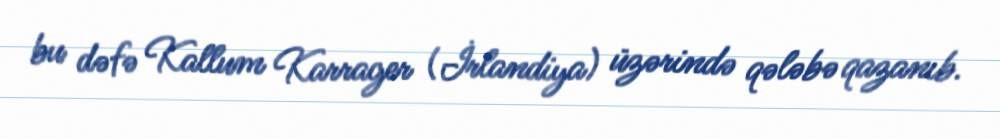
bu dəfə Kallum Karrager (İrlandiya) üzərində qələbə qazanıb.